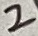
Text: 2